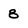
Character: 8